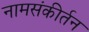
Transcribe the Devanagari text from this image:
नामसंकीर्तन